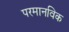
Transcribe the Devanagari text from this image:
परमानविक